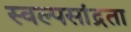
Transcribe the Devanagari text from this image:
स्वल्पसांद्रता